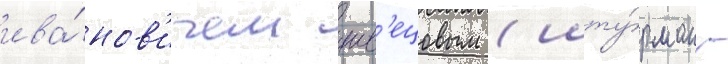
ива́нов'ичем шв'ецовым (шту́рман -